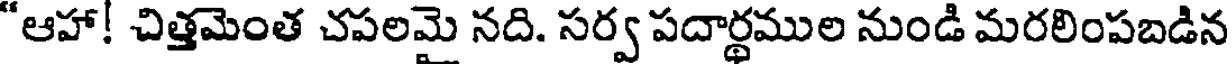
"ఆహా! చిత్తమెంత చపలమై నది. సర్వ పదార్థముల నుండి మరలింపబడిన